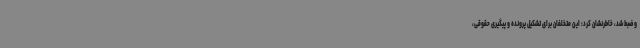
و ضبط شد، خاطرنشان کرد: این متخلفان برای تشکیل پرونده و پیگیری حقوقی،